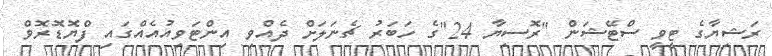
ރަޝިޔާގެ ޓީވީ ސްޓޭޝަން "ރޮސިޔާ 24"ގެ ހަބަރު ޗެނަލަށް ދެއްވި އިންޓަވިއުއެއްގައި ފްޔޮޑޮރޮވް